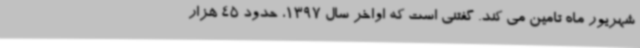
شهریور ماه تامین می کند. گفتنی است که اواخر سال 1397، حدود 45 هزار